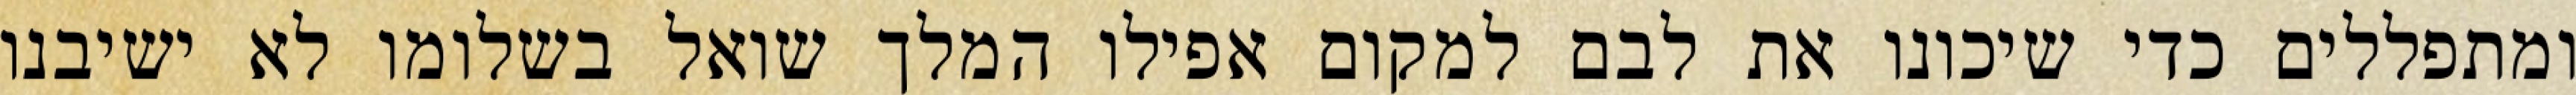
ומתפללים כדי שיכונו את לבם למקום אפילו המלך שואל בשלומו לא ישיבנו